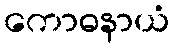
ကောဓနာယံ